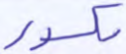
مكسور